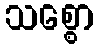
သစ္စော